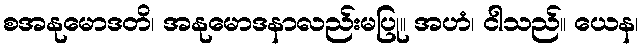
စအနုမောဒတိ၊ အနုမောဒနာလည်းမပြု။ အဟံ၊ ငါသည်။ ယေန၊